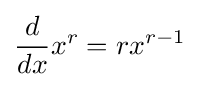
{\frac {d}{dx}}x^{r}=rx^{r-1}